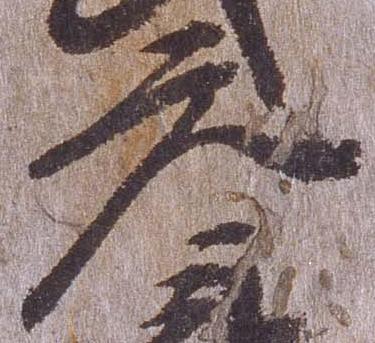
元